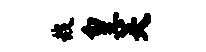
哉皇芙